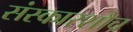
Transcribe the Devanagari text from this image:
संस्कारशौच